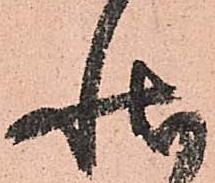
状